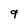
Character: 9